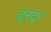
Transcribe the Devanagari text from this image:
टुरटूर